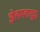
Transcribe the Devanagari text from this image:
झेलमलासुद्धा